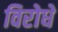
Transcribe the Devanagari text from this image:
विरोधे